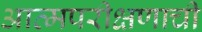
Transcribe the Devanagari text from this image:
आत्मपरीक्षणाची